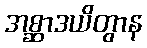
အစ္ဆာဒယိတွာန